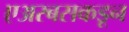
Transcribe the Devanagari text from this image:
एअरबसकडून